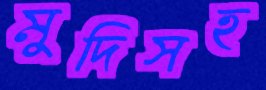
মুদিসহ